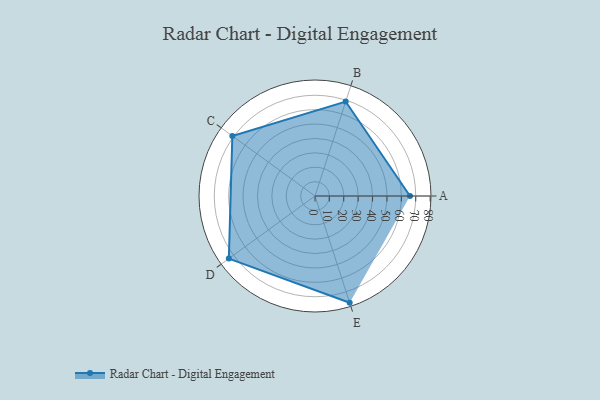
{"axis": {"x": "Skill", "y": "Score"}, "legend": ["Profile"], "data": [{"x": "A", "y": 66.0, "type": "Profile"}, {"x": "B", "y": 69.0, "type": "Profile"}, {"x": "C", "y": 71.0, "type": "Profile"}, {"x": "D", "y": 74.0, "type": "Profile"}, {"x": "E", "y": 78.0, "type": "Profile"}]}